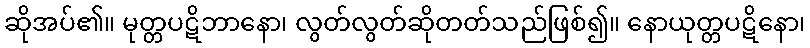
ဆိုအပ်၏။ မုတ္တပဋိဘာနော၊ လွတ်လွတ်ဆိုတတ်သည်ဖြစ်၍။ နောယုတ္တပဋိနော၊